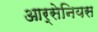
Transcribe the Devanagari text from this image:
आर्सेनियस